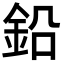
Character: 鉛